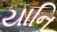
યાનિ